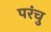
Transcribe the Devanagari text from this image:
परंचु